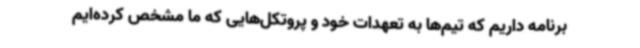
برنامه داریم که تیم‌ها به تعهدات خود و پروتکل‌هایی که ما مشخص کرده‌ایم